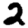
Digit: 2